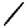
Digit: 1